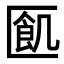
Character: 㔳